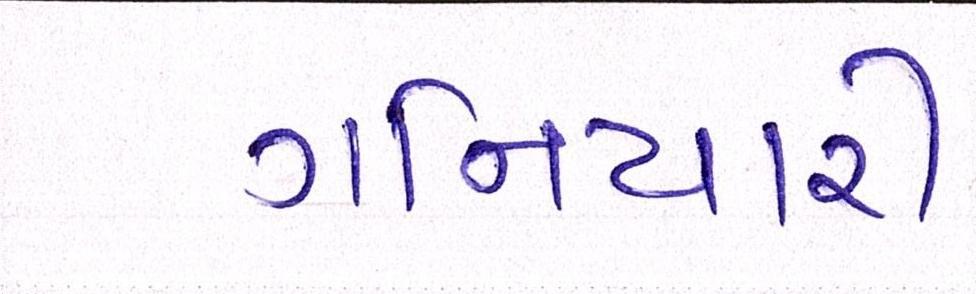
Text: ગનિયારી